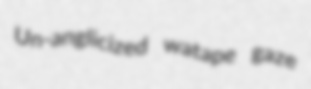
Un-anglicized watape gaze